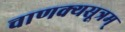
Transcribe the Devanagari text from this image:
चाणक्यसूत्रम्